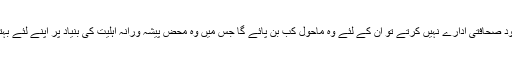
صحافیوں کے حقوق کی پاسداری خود صحافتی ادارے نہیں کرتے تو اُن کے لئے وہ ماحول کب بن پائے گا جس میں وہ محض پیشہ ورانہ اہلیت کی بنیاد پر اپنے لئے بہتر معاش اور احترام حاصل کر پائیں۔